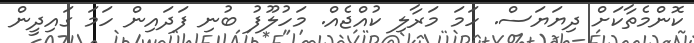
ކޮންމެތާކަށް ދިޔަޔަސް. ހަމަ މަރާލި ކުއްޖެއް. މަހުލޫފު ބުނި ފަދައިން ހަމަ ގައިދީން